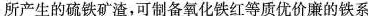
所产生的硫铁矿渣，可制备氧化铁红等质优价廉的铁系